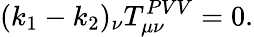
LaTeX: (k_{1}-k_{2})_{\nu}T_{\mu\nu}^{PVV}=0.